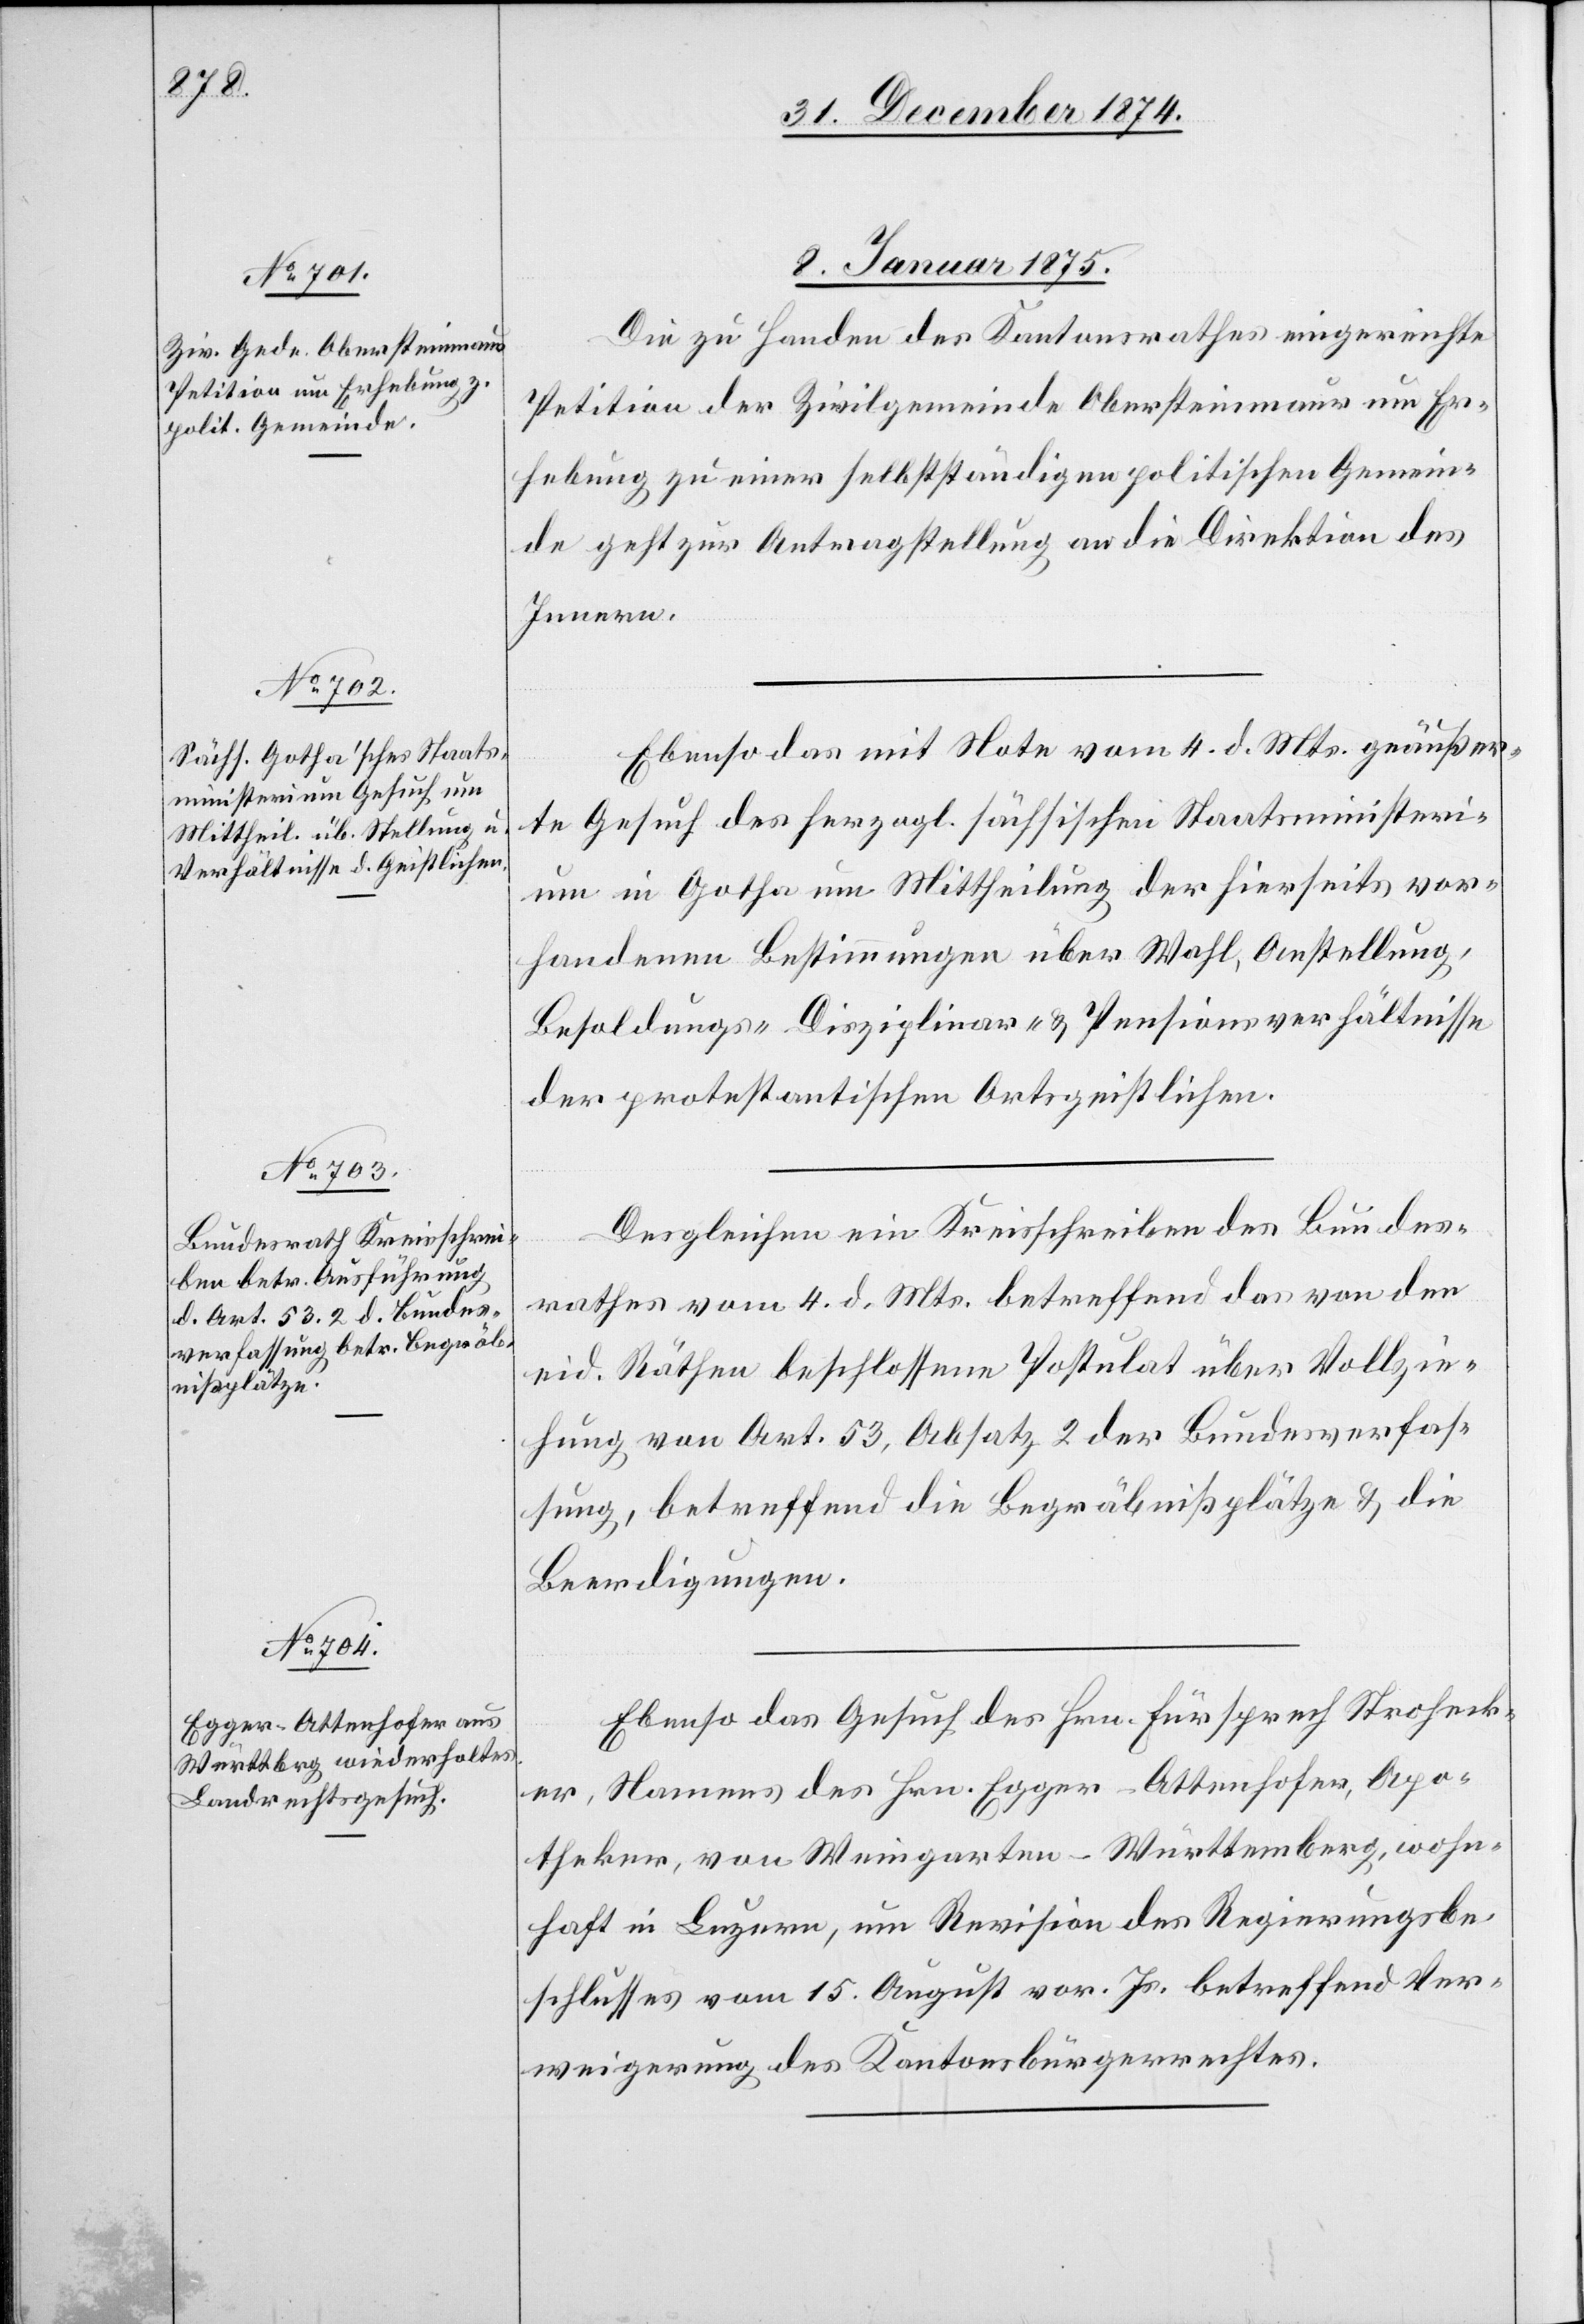
8. Januar 1875.]
Die zu Handen des Kantonsrathes eingereichte
Petition der Zivilgemeinde Obersteinmaur um Er¬
hebung zu einer selbstständigen politischen Gemein¬
de geht zur Antragstellung an die Direktion des
Innern.
Ebenso das mit Note vom 4. d. Mts. geäußer¬
te Gesuch des herzogl. sächsischen Staatsministeri¬
um in Gotha um Mittheilung der hierseits vor¬
handenen Bestimmungen über Wahl, Anstellung,
Besoldungs-[,] Disziplinar- & Pensionsverhältnisse
der protestantischen Ortsgeistlichen.
Desgleichen ein Kreisschreiben des Bundes¬
rathes vom 4. d. Mts. betreffend das von den
eid. Räthen beschlossene Postulat über Vollzie¬
hung von Art. 53, Absatz 2 der Bundesverfas¬
sung, betreffend die Begräbnißplätze & die
Beerdigungen.
Ebenso das Gesuch des Hrn. Fürsprech Stroheck¬
er, Namens des Hrn. Egger-Attenhofer, Apo¬
theker, von Weingarten - Württemberg, wohn¬
haft in Luzern, um Revision des Regierungsbe¬
schlusses vom 15. August vor. Js. betreffend Ver¬
weigerung des Kantonsbürgerrechtes.